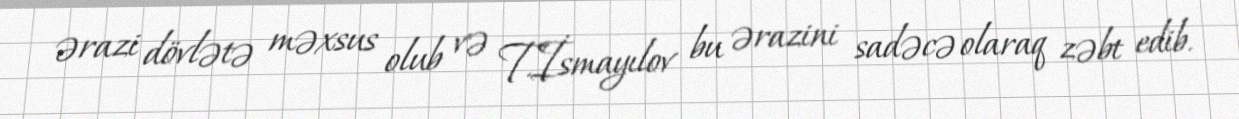
ərazi dövlətə məxsus olub və T.İsmayılov bu ərazini sadəcə olaraq zəbt edib.